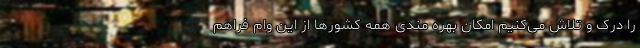
را درک و تلاش می‌کنیم امکان بهره مندی همه کشورها از این وام فراهم